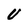
Character: U